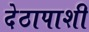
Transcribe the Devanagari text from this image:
देठापाशी